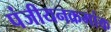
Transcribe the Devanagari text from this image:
पंजीयनक्रमांक